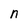
Character: n